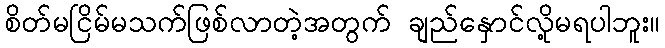
စိတ်မငြိမ်မသက်ဖြစ်လာတဲ့အတွက် ချည်နှောင်လို့မရပါဘူး။